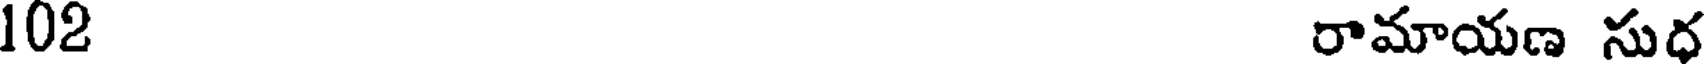
102 రామాయణ సుర